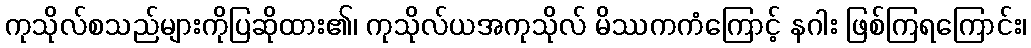
ကုသိုလ်စသည်များကိုပြဆိုထား၏၊ ကုသိုလ်ယအကုသိုလ် မိဿကကံကြောင့် နဂါး ဖြစ်ကြရကြောင်း၊